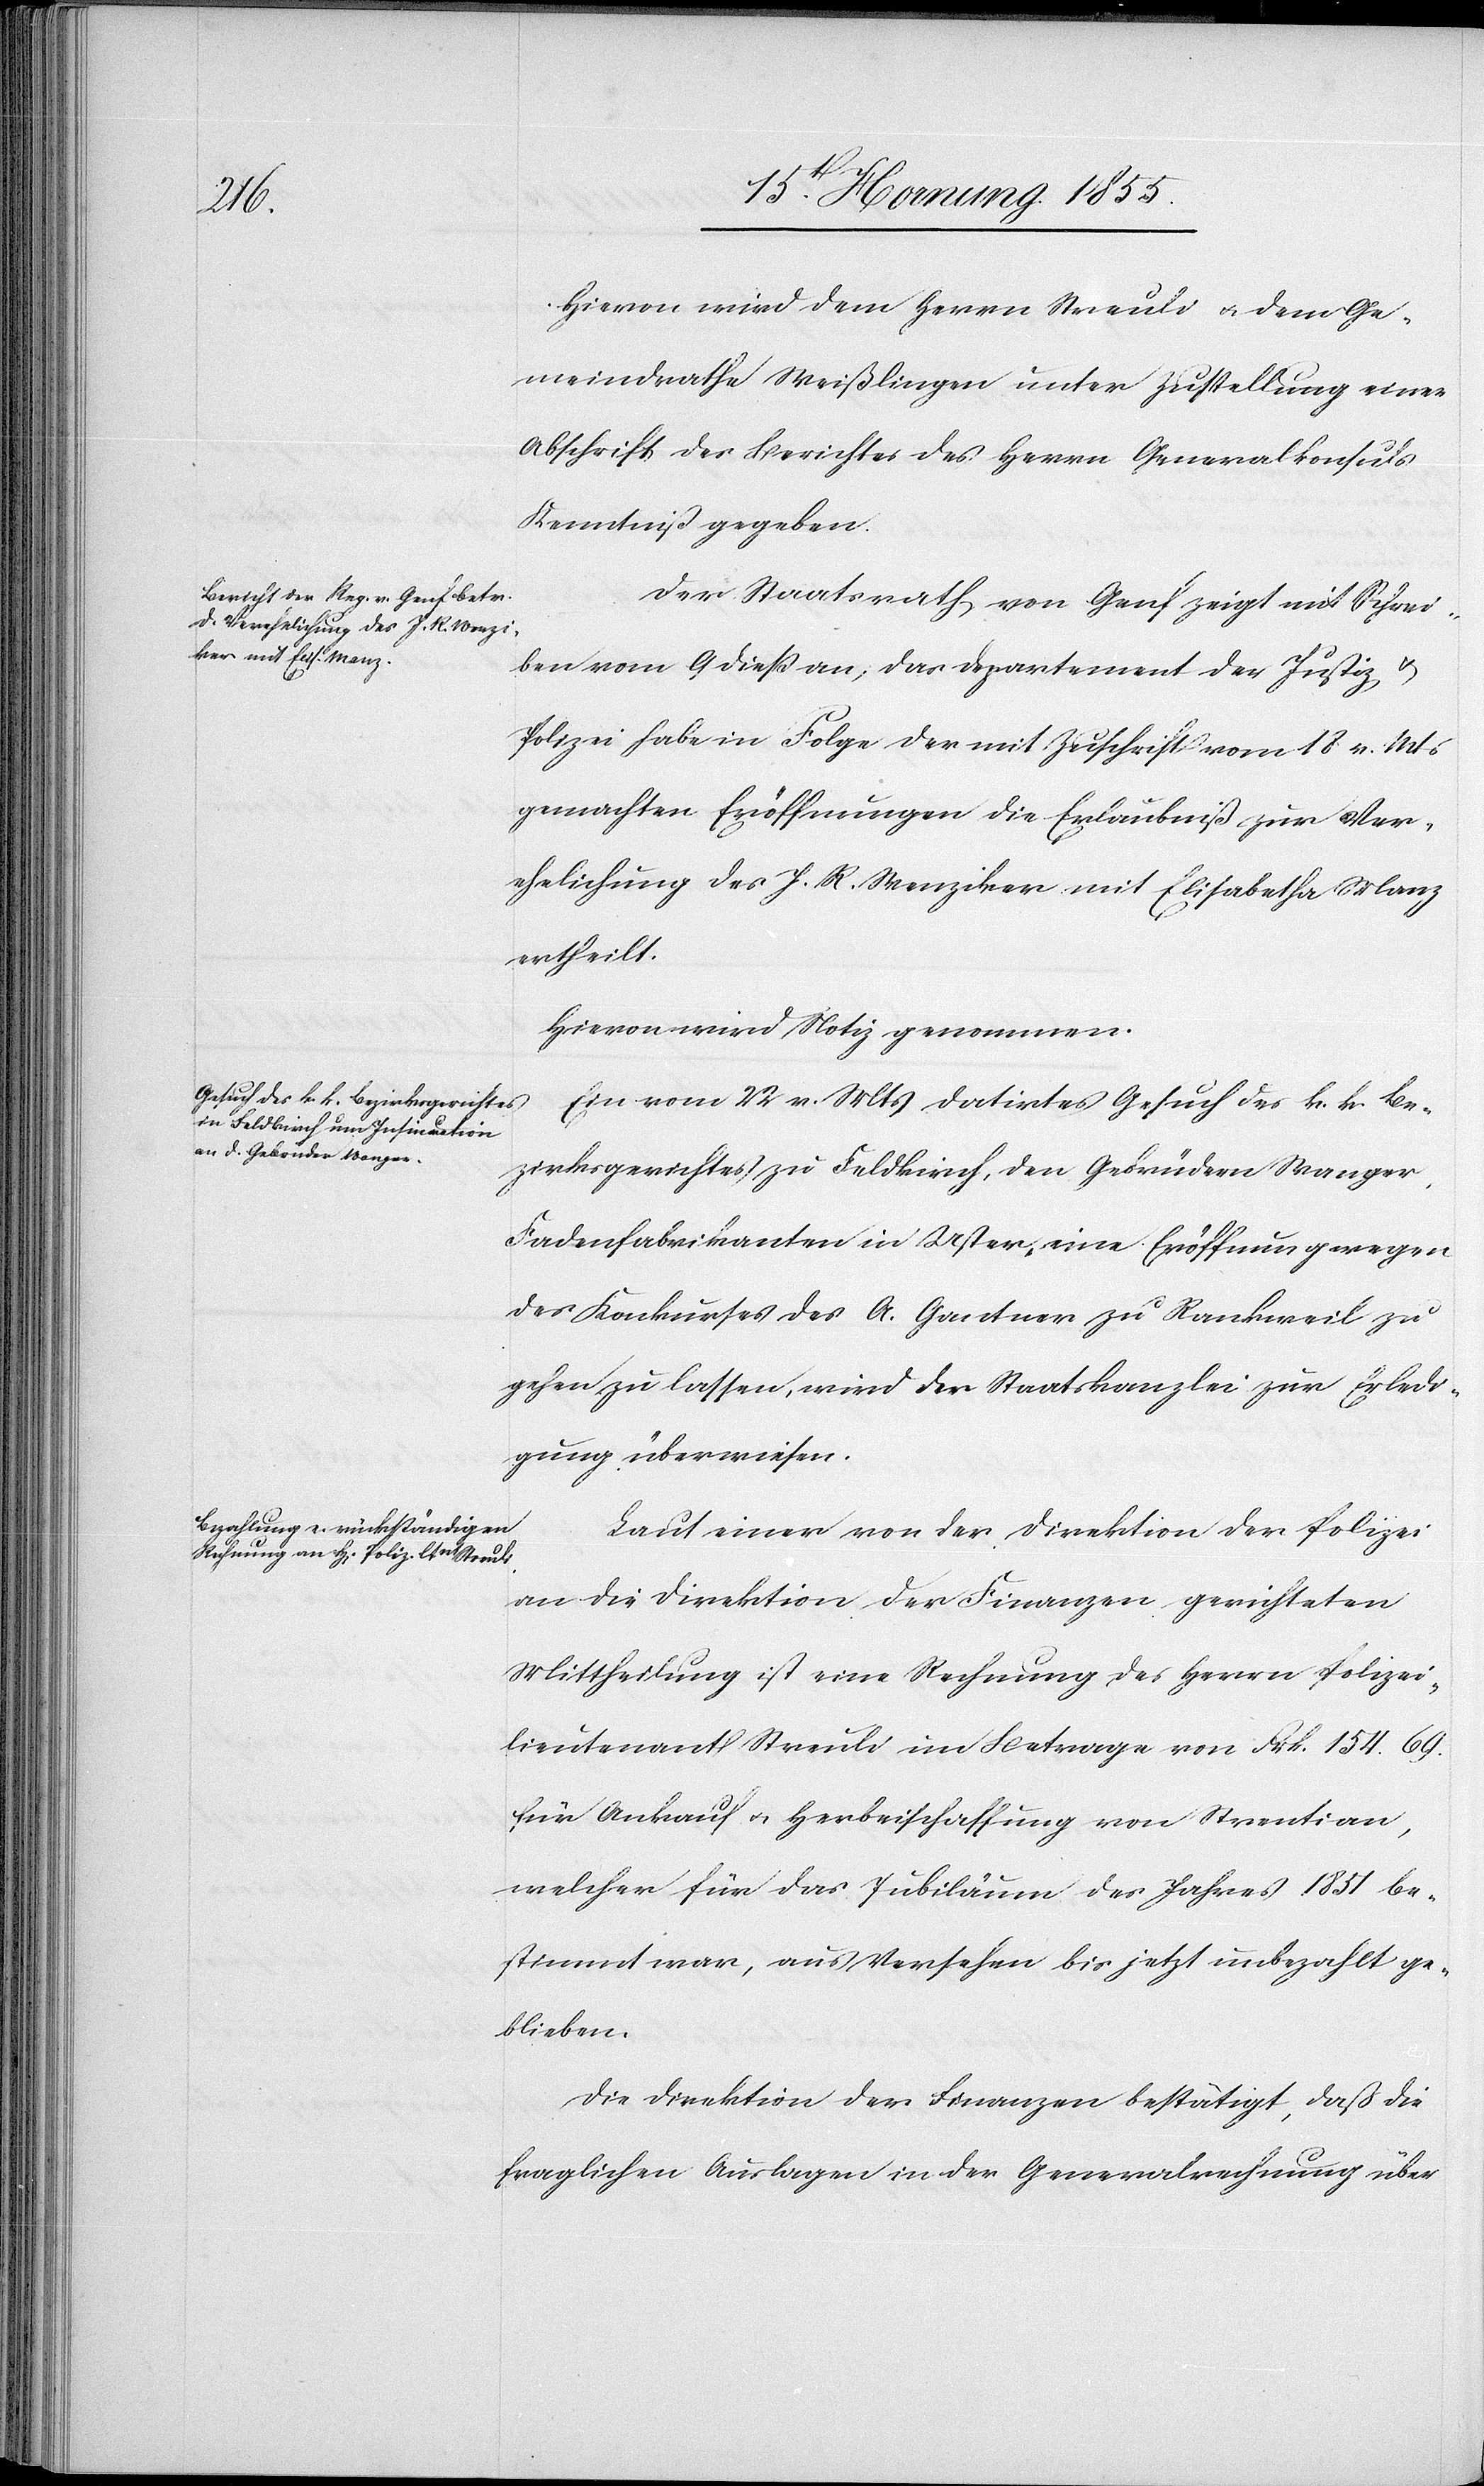
Hievon wird dem Herrn Streuli & dem Ge¬
meindrathe Weißlingen unter Zustellung einer
Abschrift des Berichtes des Herrn Generalkonsuls
Kenntniß gegeben.
Der Staatsrath von Genf zeigt mit Schrei¬
ben vom 9 dieß an, das Departement der Justiz &
Polizei habe in Folge der mit Zuschrift vom 18 v. Mts
gemachten Eröffnungen die Erlaubniß zur Ver¬
ehelichung des J. R. Wenziker mit Elisabetha Manz
ertheilt.
Hievon wird Notiz genommen.
Ein vom 22 v. Mts datirtes Gesuch des k. k. Be¬
zirksgerichtes zu Feldkirch, den Gebrüdern Wanger,
Fadenfabrikanten in Uster, eine Eröffnung wegen
des Konkurses des A. Gantner zu Rankweil zu
gehen zu lassen, wird der Staatskanzlei zur Erledi¬
gung überwiesen.
Laut einer von der Direktion der Polizei
an die Direktion der Finanzen gerichteten
Mittheilung ist eine Rechnung des Herrn Polizei¬
lieutenant Streuli im Betrage von Frk. 154. 69.
für Ankauf & Herbeischaffung von Strentian,
welcher für das Jubiläum des Jahres 1851 be¬
stimmt war, aus Versehen bis jetzt unbezahlt ge¬
blieben.
Die Direktion der Finanzen bestätigt, daß die
fraglichen Auslagen in der Generalrechnung über